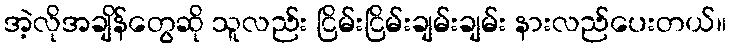
အဲ့လိုအချိန်တွေဆို သူလည်း ငြိမ်းငြိမ်းချမ်းချမ်း နားလည်ပေးတယ်။